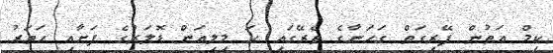
ކިމް އަތުން ފޭރިގަތް ގަހަނާގެ ތެރޭގައި ހަ މިލިއަން ޑޮލަރުގެ ފަށާއި ހަތަރު